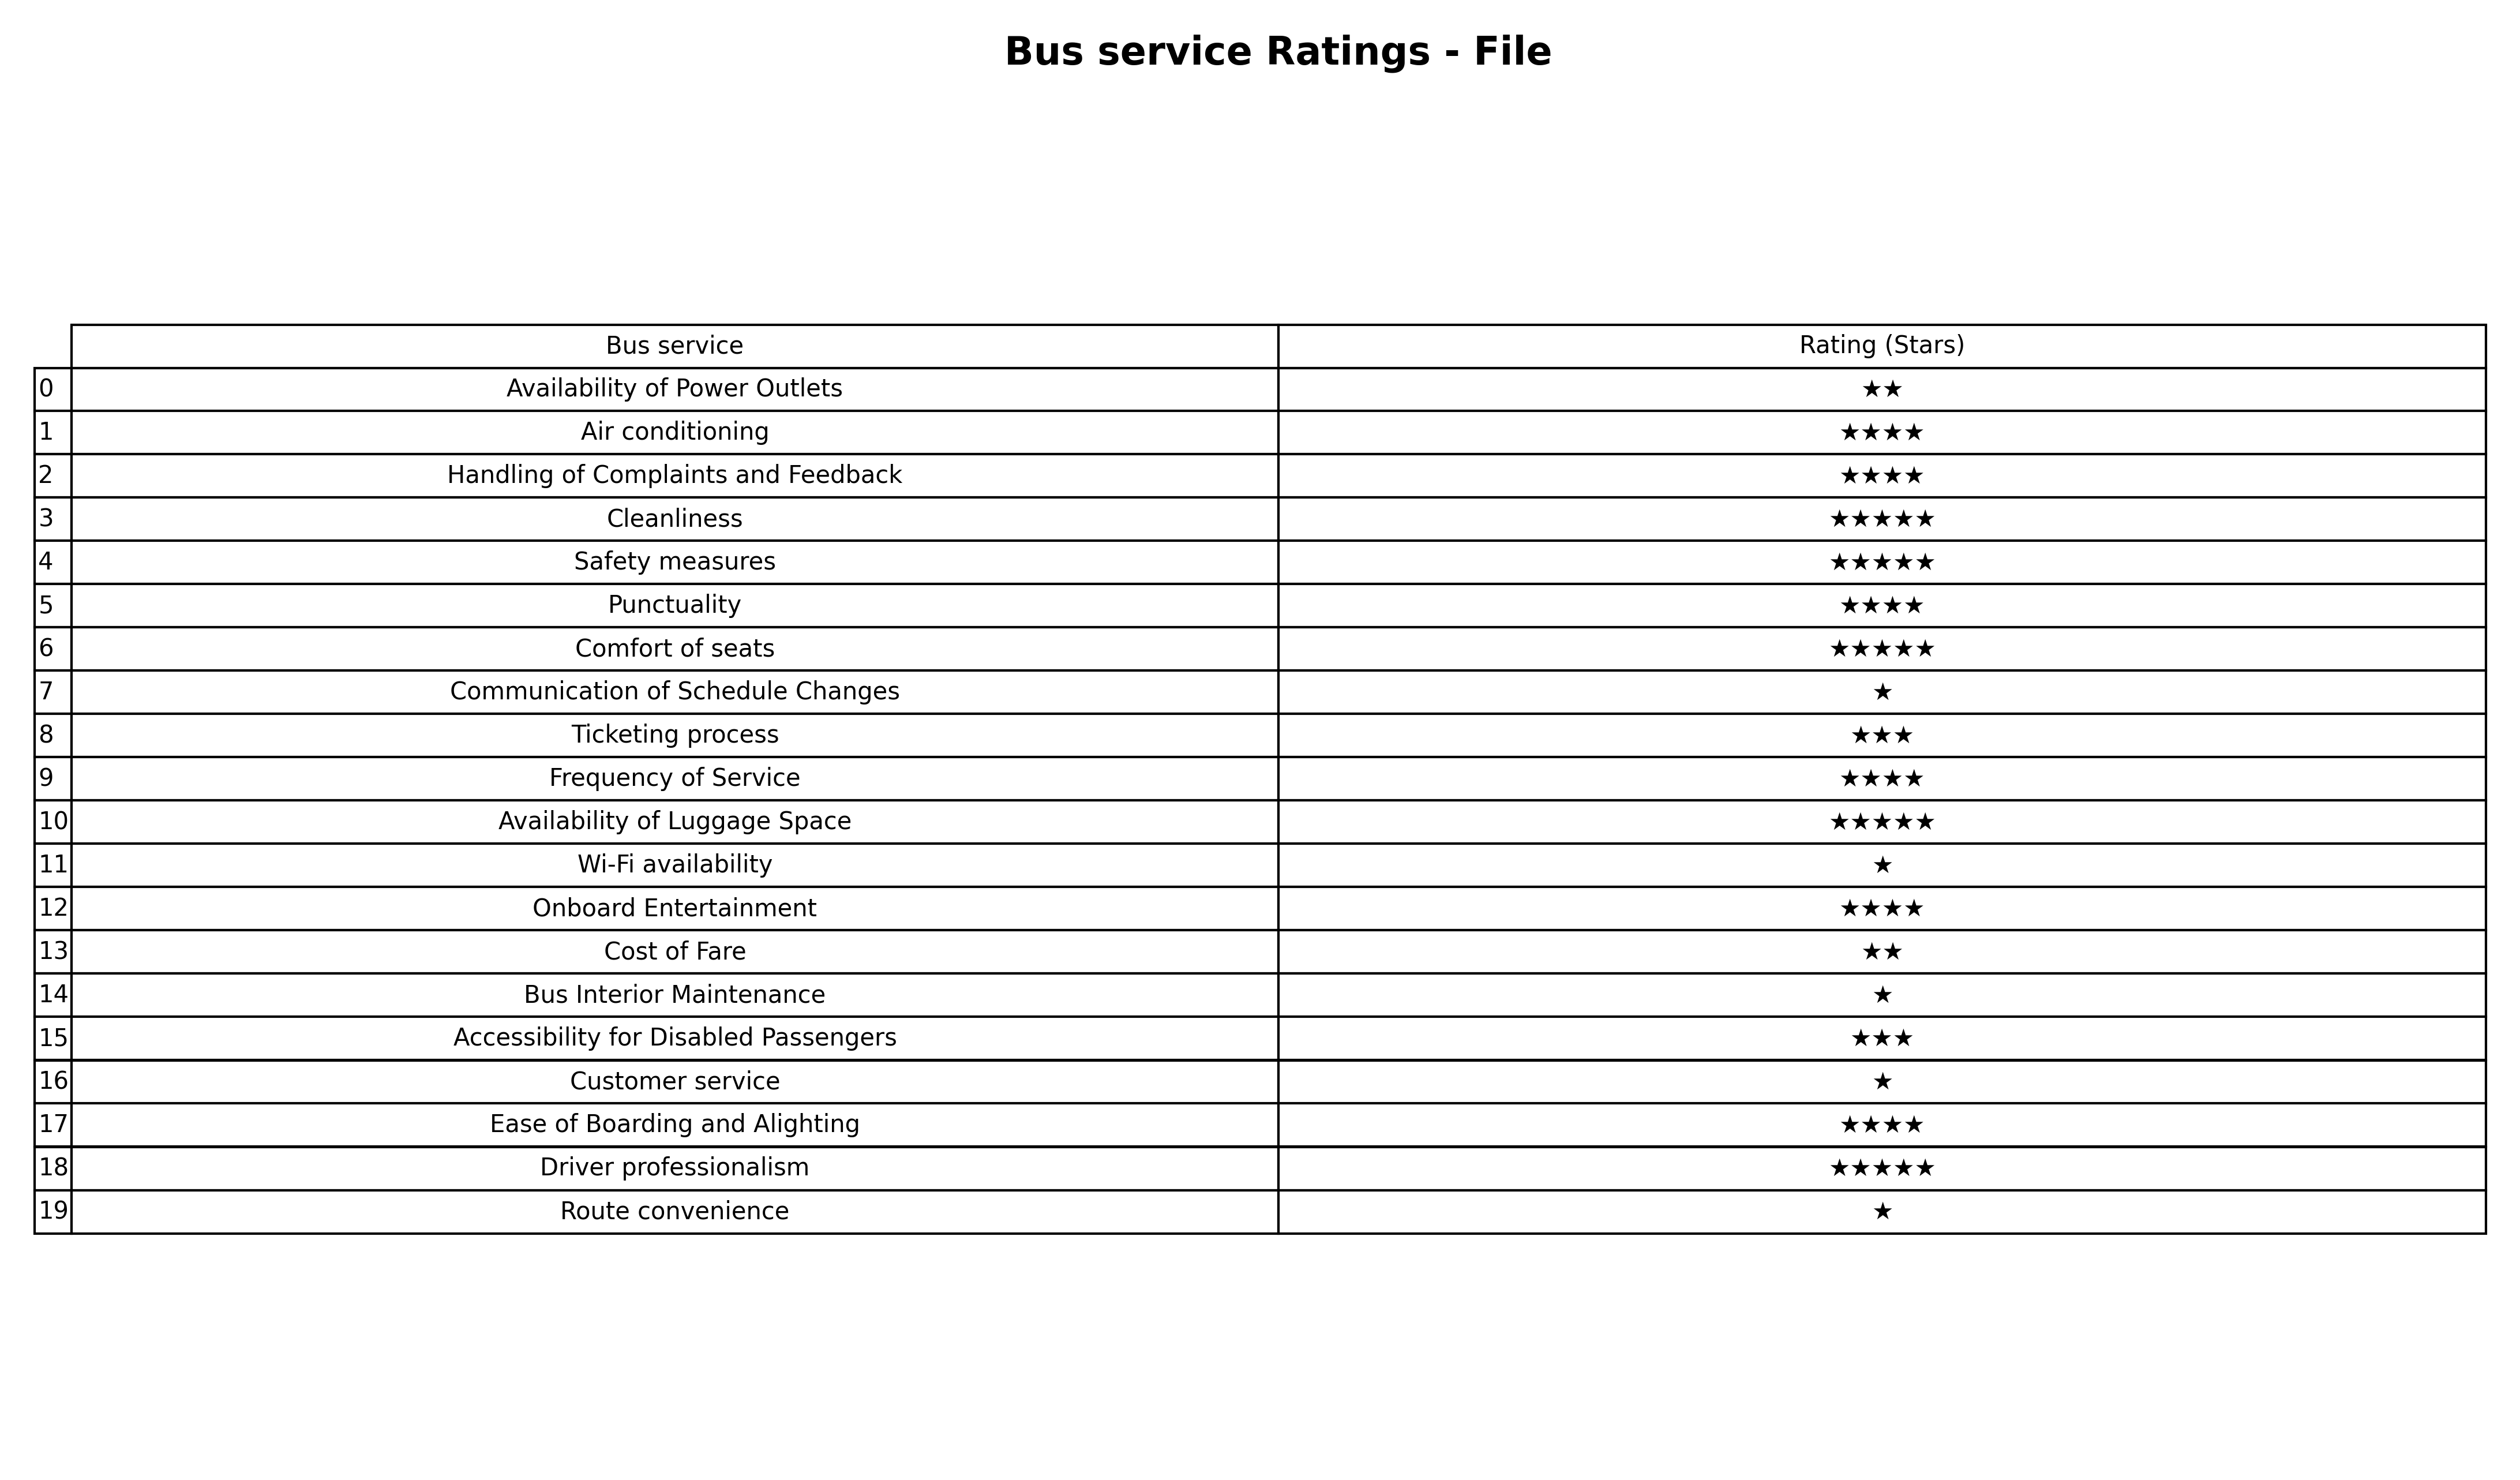
question: What is the rating of Onboard Entertainment?
answer: ★★★★